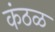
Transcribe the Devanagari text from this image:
कंठळ